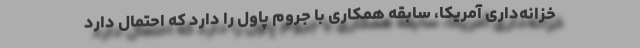
خزانه‌داری آمریکا، سابقه همکاری با جروم پاول را دارد که احتمال دارد